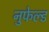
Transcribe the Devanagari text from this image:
नुफेल्ड